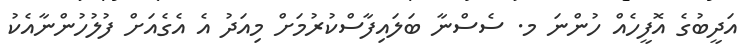
އަދީބުގެ އޮފީހެއް ހުންނަ މ. ސެސްނާ ބަލައިފާސްކުރުމަށް މިއަދު އެ އެގެއަށް ފުލުހުންނާއެކު